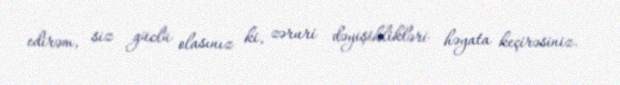
edirəm, siz güclü olasınız ki, zəruri dəyişiklikləri həyata keçirəsiniz.